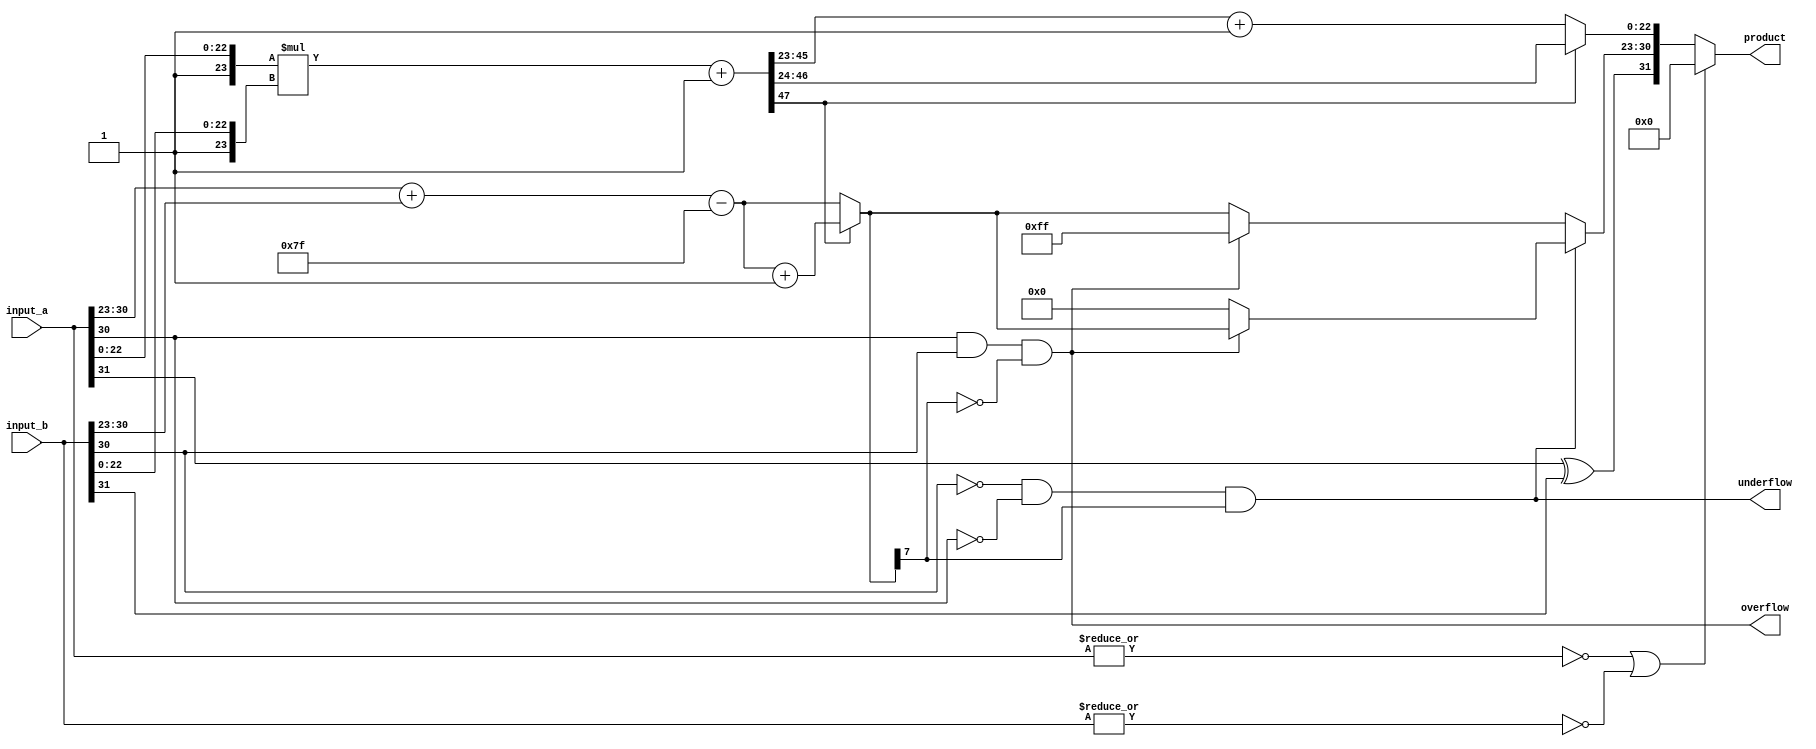
module floating_point_multiplication(input_a, input_b, product, underflow, overflow);
  input[31:0] input_a, input_b;
  output underflow, overflow;
  output[31:0] product;
  wire[7:0] exponent_a, exponent_b, exponent_sum, final_exponent, error_check_exponent;
  wire sign_a, sign_b, sign_final, zero_a, zero_b;
  wire[23:0] mantissa_a, mantissa_b; 
  wire[22:0] final_mantissa;
  wire[47:0] mantissa_prod;
  assign zero_a = ~(|input_a);
  assign zero_b = ~(|input_b);
  assign mantissa_a[23] = 1'b1;
  assign mantissa_b[23] = 1'b1;
  assign {sign_a, exponent_a, mantissa_a[22:0]} = input_a;
  assign {sign_b, exponent_b, mantissa_b[22:0]} = input_b;
  assign sign_final = sign_a ^ sign_b;
  assign mantissa_prod = (mantissa_a * mantissa_b) + 1'b1;
  assign exponent_sum = exponent_a + exponent_b - 8'd127;
  assign final_mantissa = mantissa_prod[47] ? mantissa_prod[47:24] : mantissa_prod[46:23] + 1'b1;
  assign final_exponent = mantissa_prod[47] ? exponent_sum + 1 : exponent_sum;
  assign overflow = (exponent_a[7] & exponent_b[7]) & ~final_exponent[7];
  assign underflow = (~exponent_b[7] & ~exponent_a[7] & final_exponent[7]);
  assign error_check_exponent = underflow ? (overflow ? final_exponent : 8'b0) : (overflow ? 8'b11111111 : final_exponent);
  assign product = (zero_a | zero_b) ? 32'b0 : {sign_final, error_check_exponent, final_mantissa};
  always @(product) begin
    $display("product_sign: %b product_exponent: %b product_mantissa: %b overflow: %b underflow: %b mantissa_prod: %b", product[31], product[30:23], product[22:0], overflow, underflow, mantissa_prod[47]);
  end
  always @(input_a or input_b)
    $display("a_sign: %b a_exponent: %b a_mantissa: %b zero_a: %b",input_a[31], input_a[30:23], input_a[22:0], zero_a);
  always @(input_b or input_a)
    $display("b_sign: %b b_exponent: %b b_mantissa: %b zero_b: %b",input_b[31], input_b[30:23], input_b[22:0], zero_b);
    
endmodule